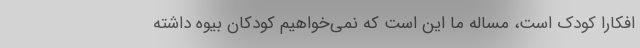
افکارا کودک است، مساله ما این است که نمی‌خواهیم کودکان بیوه داشته